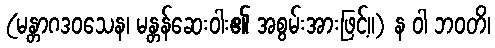
(မန္တာဂဒဝသေန၊ မန္တန်ဆေးဝါး၏ အစွမ်းအားဖြင့်။) န ဝါ ဘဝတိ၊